Vaccination North-Western Provinces and Oudh 1878-1895 - 1878-1895
Year: 1878
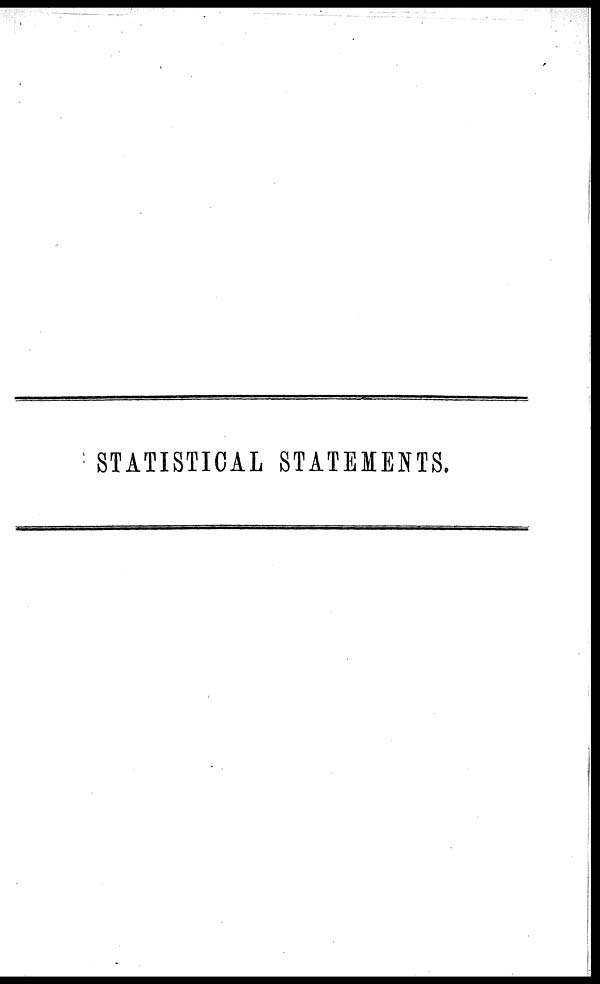
STATISTICAL STATEMENTS.